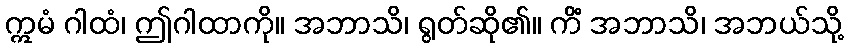
ဣမံ ဂါထံ၊ ဤဂါထာကို။ အဘာသိ၊ ရွတ်ဆို၏။ ကိံ အဘာသိ၊ အဘယ်သို့